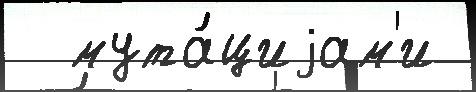
  мута́циjам'и